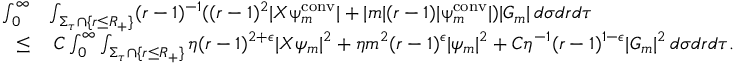
\begin{array} { r l } { \int _ { 0 } ^ { \infty } } & { \int _ { \Sigma _ { \tau } \cap \{ r \leq R _ { + } \} } ( r - 1 ) ^ { - 1 } ( ( r - 1 ) ^ { 2 } | X \uppsi _ { m } ^ { \mathrm { c o n v } } | + | m | ( r - 1 ) | \uppsi _ { m } ^ { \mathrm { c o n v } } | ) | G _ { m } | \, d \sigma d r d \tau } \\ { \leq } & { \: C \int _ { 0 } ^ { \infty } \int _ { \Sigma _ { \tau } \cap \{ r \leq R _ { + } \} } \eta ( r - 1 ) ^ { 2 + \epsilon } | X \psi _ { m } | ^ { 2 } + \eta m ^ { 2 } ( r - 1 ) ^ { \epsilon } | \psi _ { m } | ^ { 2 } + C \eta ^ { - 1 } ( r - 1 ) ^ { 1 - \epsilon } | G _ { m } | ^ { 2 } \, d \sigma d r d \tau . } \end{array}